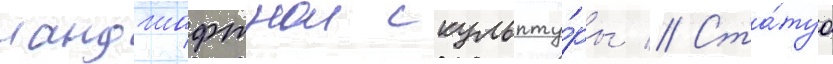
ландшафтнои скульпту́ры // Ста́туа